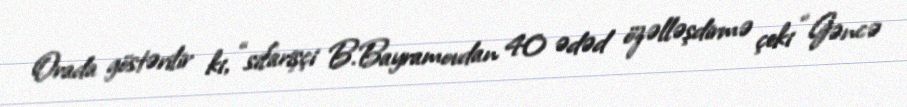
Orada göstərilir ki, “sifarişçi B.Bayramovdan 40 ədəd özəlləşdirmə çeki “Gəncə